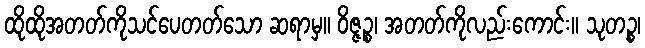
ထိုထိုအတတ်ကိုသင်ပေတတ်သော ဆရာမှ။ ဝိဇ္ဇဉ္စ၊ အတတ်ကိုလည်းကောင်း။ သုတဉ္စ၊